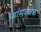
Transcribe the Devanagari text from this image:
मांसवर्धक